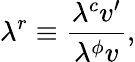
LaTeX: \lambda^{r}\equiv\frac{\lambda^{c}v^{\prime}}{\lambda^{\phi}v},